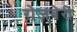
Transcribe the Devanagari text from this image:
रोज़बेरी